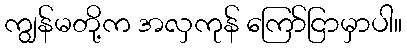
ကျွန်မတို့က အလှကုန် ကြော်ငြာမှာပါ။